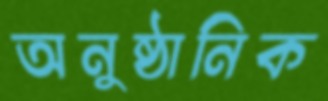
অনুষ্ঠানিক